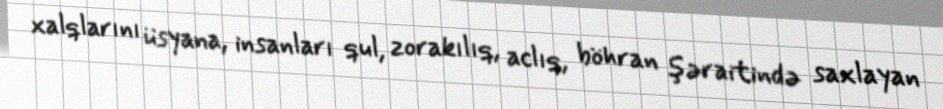
xalqlarını üsyana, insanları qul, zorakılıq, aclıq, böhran şəraitində saxlayan